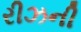
રીઝની